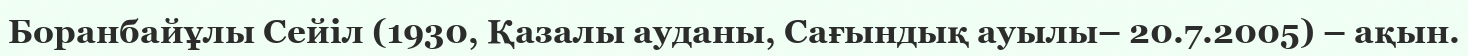
Боранбайұлы Сейіл (1930, Қазалы ауданы, Сағындық ауылы– 20.7.2005) – ақын.